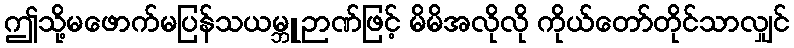
ဤသို့မဖောက်မပြန်သယမ္ဘူဉာဏ်ဖြင့် မိမိအလိုလို ကိုယ်တော်တိုင်သာလျှင်